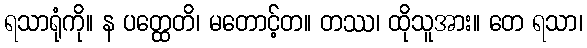
ရသာရုံကို။ န ပတ္ထေတိ၊ မတောင့်တ။ တဿ၊ ထိုသူအား။ တေ ရသာ၊